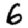
Digit: 6